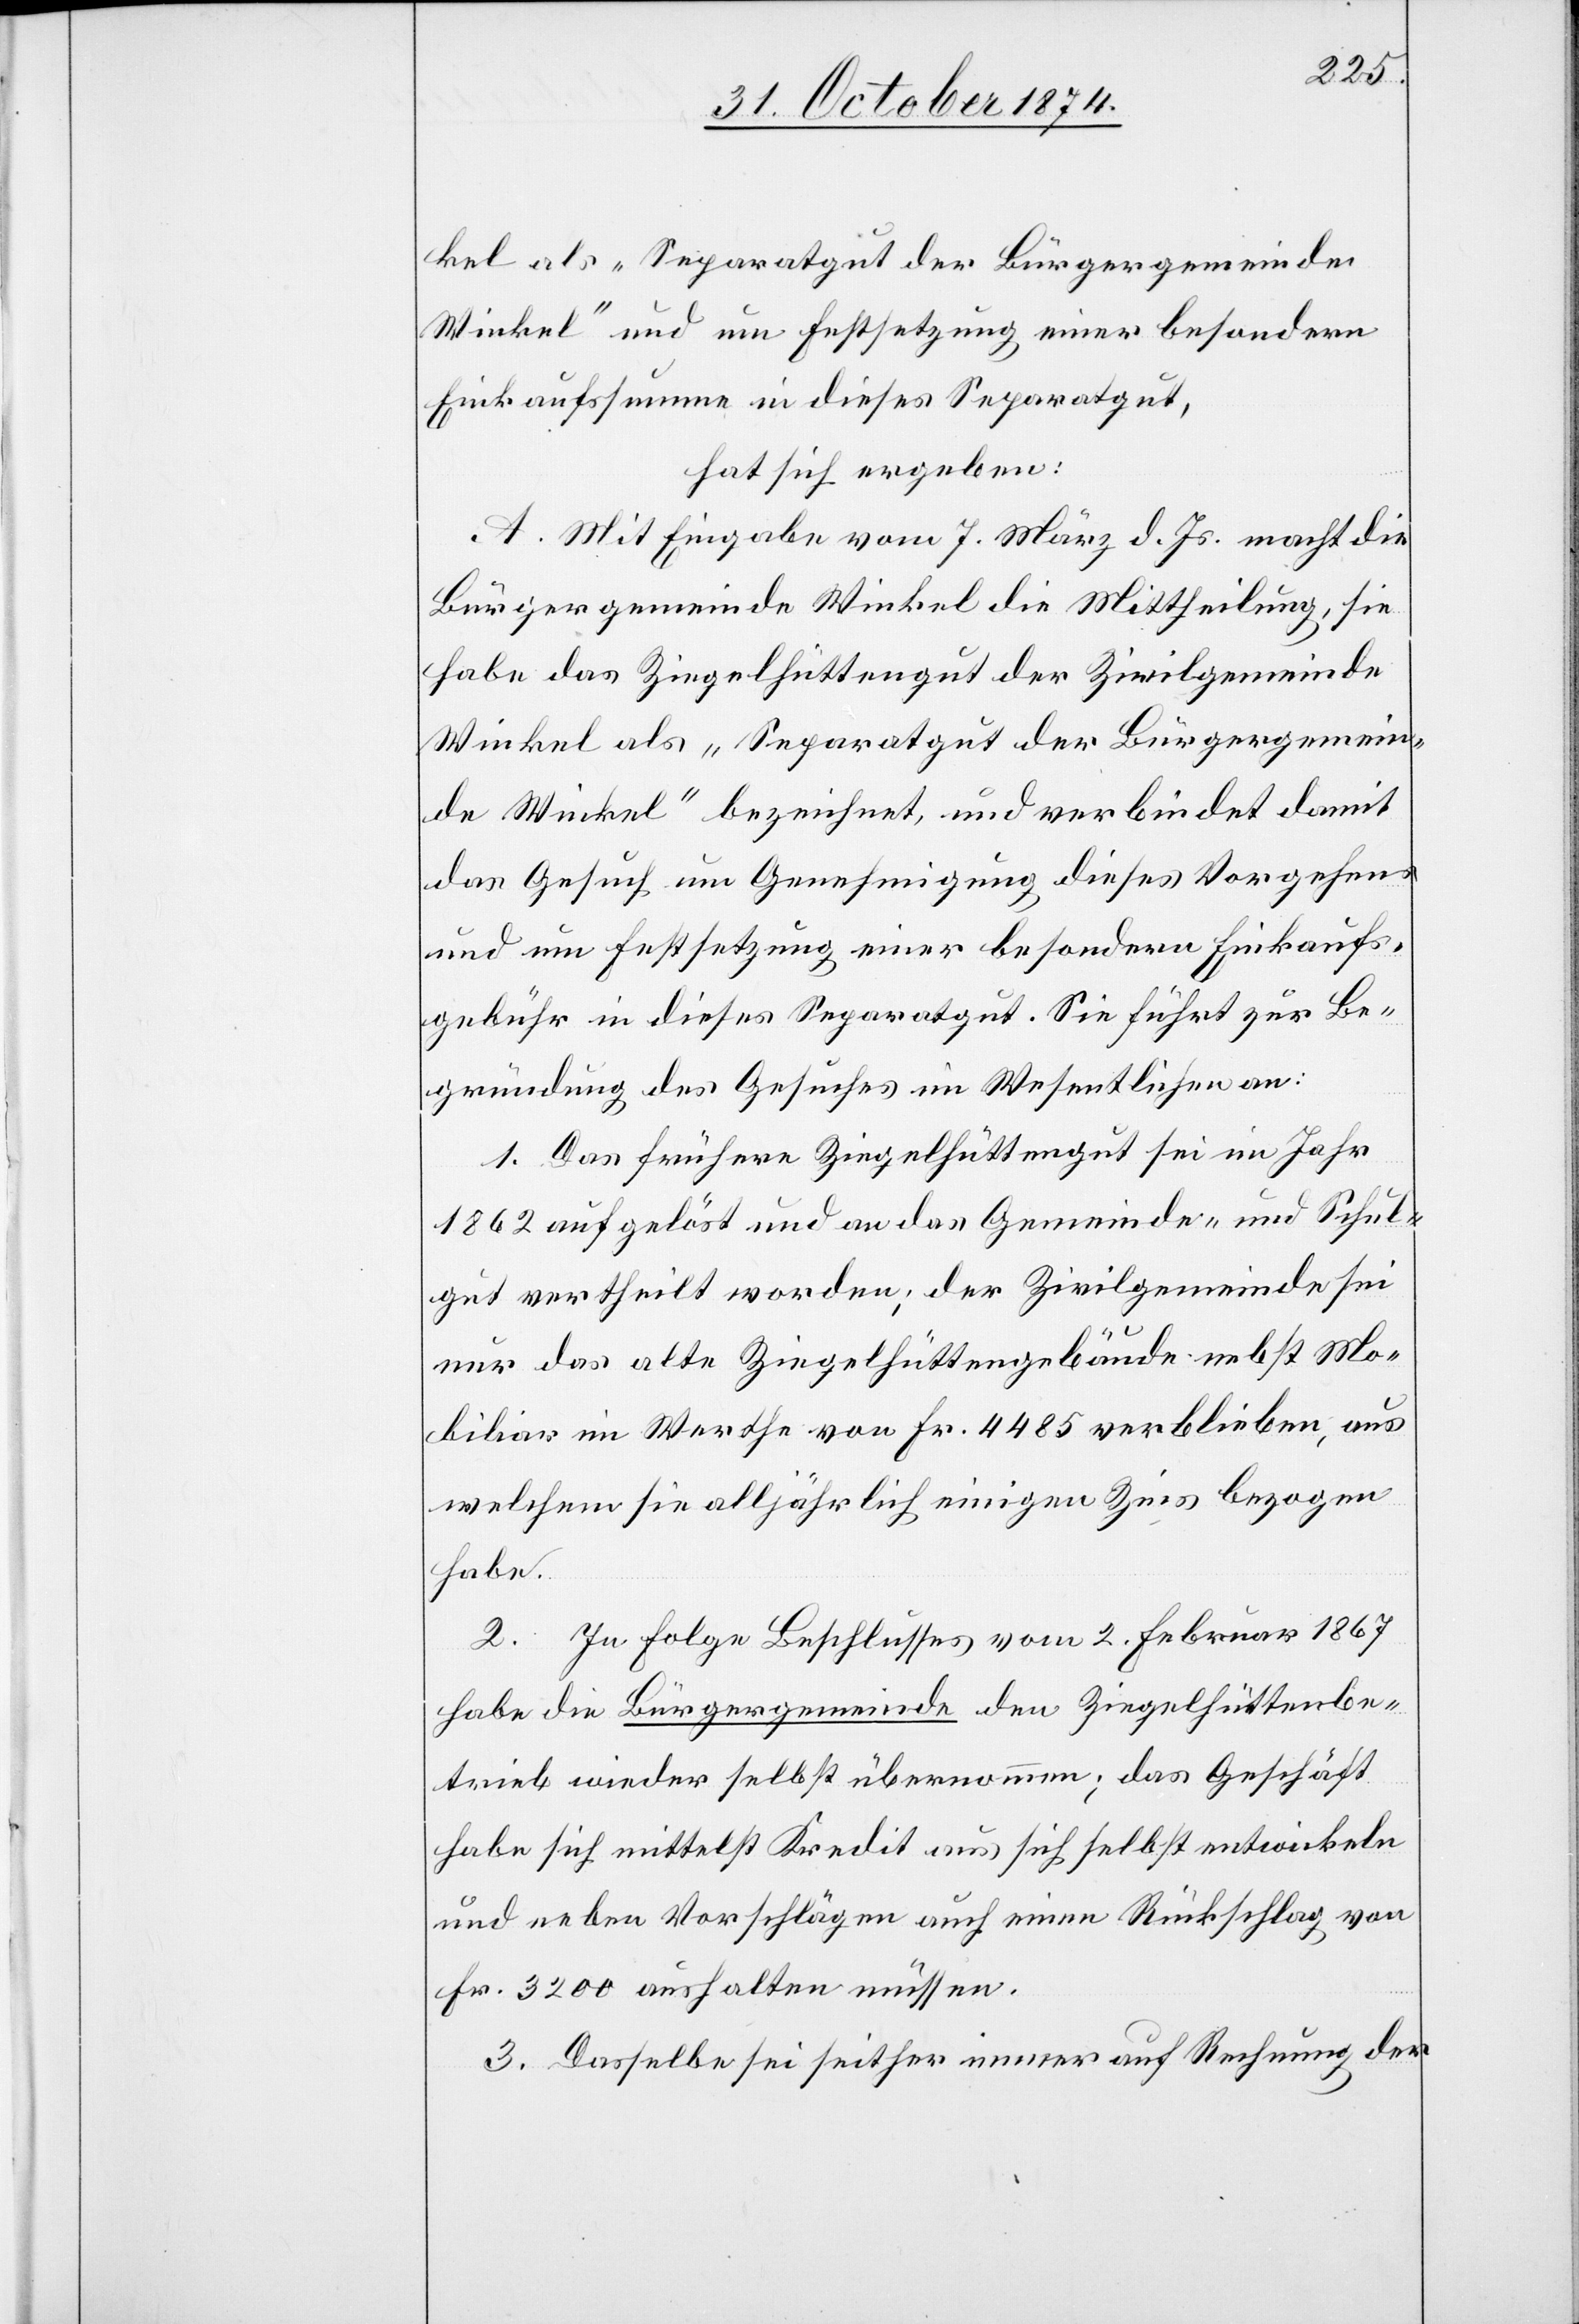
kel als „Separatgut der Bürgergemeinde
Winkel“ und um Festsetzung einer besondern
Einkaufssumme in dieses Separatgut,
hat sich ergeben:
A. Mit Eingabe vom 7. März d. Js. macht die
Bürgergemeinde Winkel die Mittheilung, sie
habe das Ziegelhüttengut der Zivilgemeinde
Winkel als „Separatgut der Bürgergemein¬
de Winkel“ bezeichnet, und verbindet damit
das Gesuch um Genehmigung dieses Vorgehens
und um Festsetzung einer besondern Einkaufs¬
gebühr in dieses Separatgut. Sie führt zur Be¬
gründung des Gesuches im Wesentlichen an:
1. Das frühere Ziegelhüttenhut sei im Jahr
1862 aufgelöst und an das Gemeinde- und Schul¬
gut vertheilt worden; der Zivilgemeinde sei
nur das alte Ziegelhüttengebäude nebst Mo¬
biliar im Werthe von Fr. 4485 verbleieben, aus
welchem sie alljährlich einigen Zins bezogen
habe.
2. In Folge Beschlusses vom 2. Februar 1867
habe die Bürgergemeinde den Ziegelhüttenbe¬
trieb wieder selbst übernommen; das Geschäft
habe sich mittelst Kredit aus sich selbst entwickeln
und neben Vorschlägen auch einen Rückschlage von
Fr. 3200 aushalten müssen.
3. Dasselbe sei seither immer auf Rechnung der